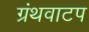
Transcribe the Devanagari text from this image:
ग्रंथवाटप